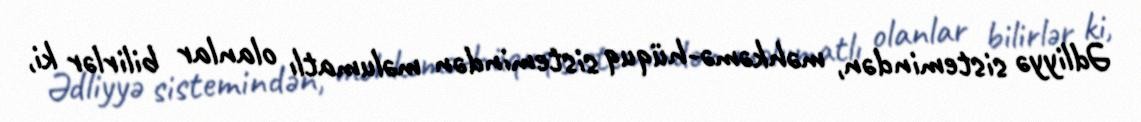
Ədliyyə sistemindən, məhkəmə-hüquq sistemindən məlumatlı olanlar bilirlər ki,